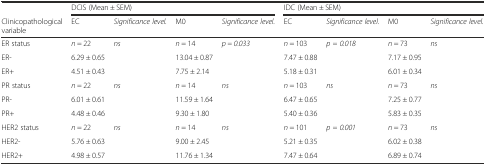
<table><thead><tr><td></td><td colspan="4"><b>DCIS (Mean ± SEM)</b></td><td colspan="4"><b>IDC (Mean ± SEM)</b></td></tr><tr><td><b>Clinicopathological variable</b></td><td><b>EC</b></td><td><b><i>Significance level.</i></b></td><td><b>M0</b></td><td><b><i>Significance level.</i></b></td><td><b>EC</b></td><td><b><i>Significance level.</i></b></td><td><b>M0</b></td><td><b><i>Significance level.</i></b></td></tr></thead><tbody><tr><td>ER status</td><td><i>n</i> = 22</td><td rowspan="3"><i>ns</i></td><td><i>n</i> = 14</td><td rowspan="3"><i>p = 0.033</i></td><td><i>n</i> = 103</td><td rowspan="3"><i>p = 0.018</i></td><td><i>n</i> = 73</td><td rowspan="3"><i>ns</i></td></tr><tr><td>ER-</td><td>6.29 ± 0.65</td><td>13.04 ± 0.87</td><td>7.47 ± 0.88</td><td>7.17 ± 0.95</td></tr><tr><td>ER+</td><td>4.51 ± 0.43</td><td>7.75 ± 2.14</td><td>5.18 ± 0.31</td><td>6.01 ± 0.34</td></tr><tr><td>PR status</td><td><i>n</i> = 22</td><td rowspan="3"><i>ns</i></td><td><i>n</i> = 14</td><td rowspan="3"><i>ns</i></td><td><i>n</i> = 103</td><td rowspan="3"><i>ns</i></td><td><i>n</i> = 73</td><td rowspan="3"><i>ns</i></td></tr><tr><td>PR-</td><td>6.01 ± 0.61</td><td>11.59 ± 1.64</td><td>6.47 ± 0.65</td><td>7.25 ± 0.77</td></tr><tr><td>PR+</td><td>4.48 ± 0.46</td><td>9.30 ± 1.80</td><td>5.40 ± 0.36</td><td>5.83 ± 0.35</td></tr><tr><td>HER2 status</td><td><i>n</i> = 22</td><td rowspan="3"><i>ns</i></td><td><i>n</i> = 14</td><td rowspan="3"><i>ns</i></td><td><i>n</i> = 101</td><td rowspan="3"><i>p = 0.001</i></td><td><i>n</i> = 73</td><td rowspan="3"><i>ns</i></td></tr><tr><td>HER2-</td><td>5.76 ± 0.63</td><td>9.00 ± 2.45</td><td>5.21 ± 0.35</td><td>6.02 ± 0.38</td></tr><tr><td>HER2+</td><td>4.98 ± 0.57</td><td>11.76 ± 1.34</td><td>7.47 ± 0.64</td><td>6.89 ± 0.74</td></tr></tbody></table>